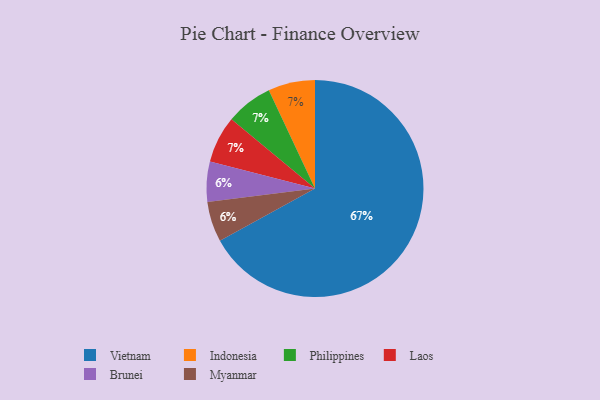
{"axis": {"x": "Category", "y": "Percentage"}, "legend": ["Brunei", "Indonesia", "Laos", "Myanmar", "Philippines", "Vietnam"], "data": [{"x": "Brunei", "y": 6, "type": "Brunei"}, {"x": "Vietnam", "y": 67, "type": "Vietnam"}, {"x": "Myanmar", "y": 6, "type": "Myanmar"}, {"x": "Indonesia", "y": 7, "type": "Indonesia"}, {"x": "Philippines", "y": 7, "type": "Philippines"}, {"x": "Laos", "y": 7, "type": "Laos"}]}